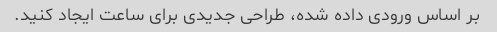
بر اساس ورودی داده شده، طراحی جدیدی برای ساعت ایجاد کنید.